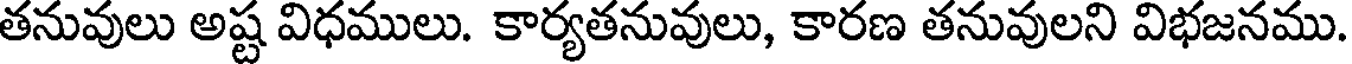
తనువులు అష్ట విధములు. కార్యతనువులు, కారణ తనువులని విభజనము.